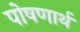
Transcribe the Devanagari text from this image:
पोषणार्थ